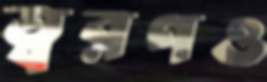
ত্বরণও